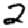
Digit: 2